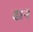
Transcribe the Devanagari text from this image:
ढान